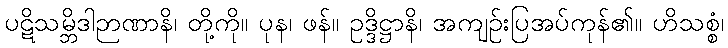
ပဋိသမ္ဘိဒါဉာဏာနိ၊ တို့ကို။ ပုန၊ ဖန်။ ဥဒ္ဒိဋ္ဌာနိ၊ အကျဉ်းပြအပ်ကုန်၏။ ဟိသစ္စံ၊